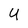
Character: U